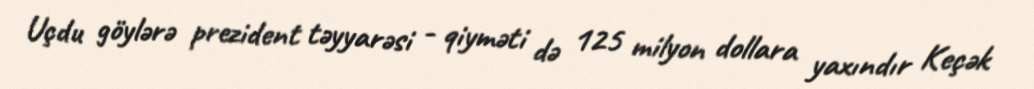
Uçdu göylərə prezident təyyarəsi - qiyməti də 125 milyon dollara yaxındır Keçək